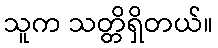
သူက သတ္တိရှိတယ်။